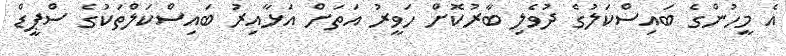
އެ މީހުންގެ ބައިސްކަލުގެ ދުވެލި ބާރުކޮށް ހަވީރު އަތަށް އަޅާއިރު ބައިސްކަލްތަކުގެ ސްޕީޑް